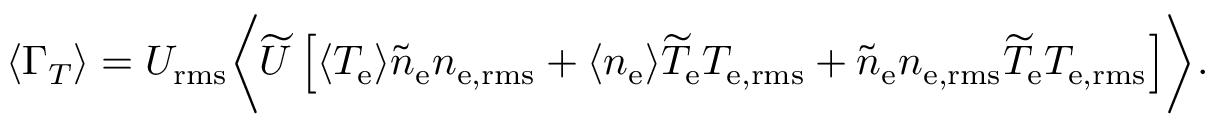
\ensuremath { \langle \Gamma _ { T } \rangle } = U _ { \mathrm { r m s } } \biggl \langle \widetilde { U } \left[ \langle { \ensuremath { T _ { \mathrm { e } } } } \rangle \widetilde { n } _ { \mathrm { e } } n _ { \mathrm { e , r m s } } + \langle { \ensuremath { n _ { \mathrm { e } } } } \rangle \widetilde { T } _ { \mathrm { e } } T _ { \mathrm { e , r m s } } + \widetilde { n } _ { \mathrm { e } } n _ { \mathrm { e , r m s } } \widetilde { T } _ { \mathrm { e } } T _ { \mathrm { e , r m s } } \right] \biggr \rangle .